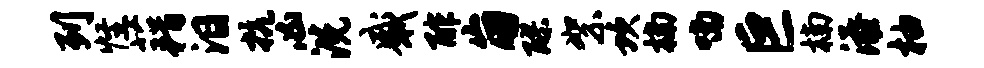
列怪藉泪抗凶洗感酢崩醪絮坎楠喃巨楠添柚